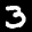
Label: 3